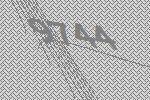
9744